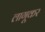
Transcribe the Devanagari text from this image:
लागूकर